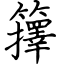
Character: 籜